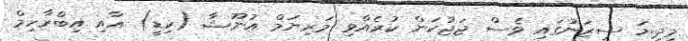
މިދިޔަ ސީޒަނުގައި ވެސް ޖަޖުކަން ކުރެއްވި މަރިޔަމް އުނޫޝާ (ކިޑީ) އާއި އިބްރާހިމް